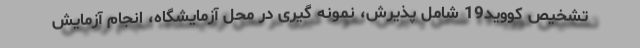
تشخیص کووید19 شامل پذیرش، نمونه گیری در محل آزمایشگاه، انجام آزمایش